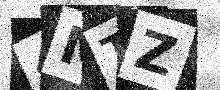
Text: 4MTZ